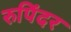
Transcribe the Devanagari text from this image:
रुपिंदर